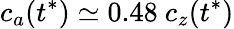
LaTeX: c_{a}(t^{*})\simeq 0.48~c_{z}(t^{*})